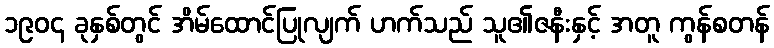
၁၉၀၄ ခုနှစ်တွင် အိမ်ထောင်ပြုလျက် ဟက်သည် သူ၏ဇနီးနှင့် အတူ ကွန်စတန်